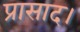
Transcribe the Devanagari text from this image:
प्रासाद।